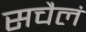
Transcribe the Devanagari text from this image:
सचैलं